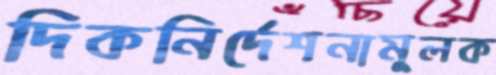
দিকনির্দেশনামূলক